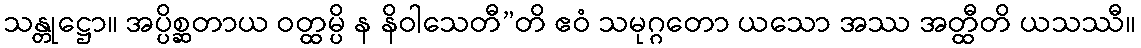
သန္တုဋ္ဌော။ အပ္ပိစ္ဆတာယ ဝတ္ထမ္ပိ န နိဝါသေတီ”တိ ဧဝံ သမုဂ္ဂတော ယသော အဿ အတ္ထီတိ ယသဿီ။